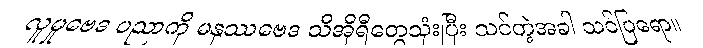
လူမှုဗေဒ ပညာကို မနုဿဗေဒ သီအိုရီတွေသုံးပြီး သင်တဲ့အခါ သင်ပြရော။